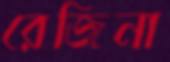
রেজিনা